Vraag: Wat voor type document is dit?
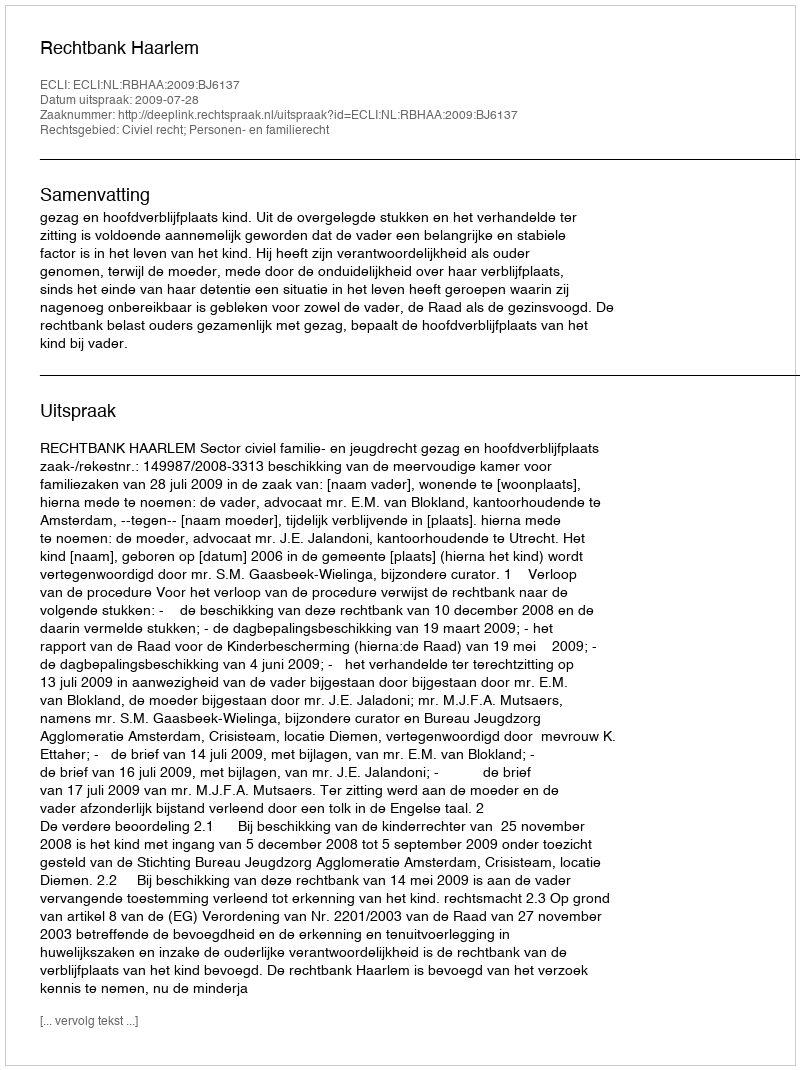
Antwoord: Uitspraak